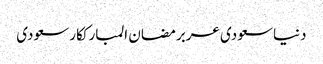
دنیاسعودی عربرمضان المبارککارسعودی